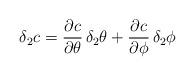
LaTeX: \begin{align*}\delta_2 c = \frac{\partial c}{\partial \theta} \, \delta_2 \theta + \frac{\partial c}{\partial \phi } \, \delta_2 \phi\end{align*}